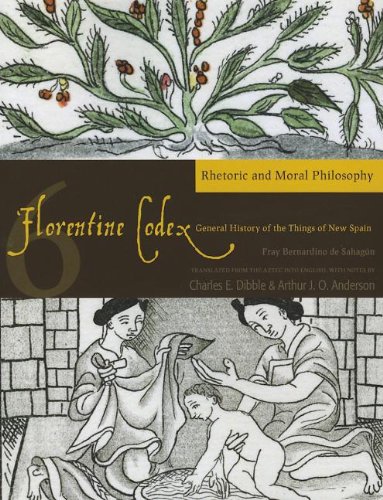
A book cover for Florentine Codex: Book 6: Book 6: Rhetoric and Moral Philosophy; Bernardino de Sahagun; History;